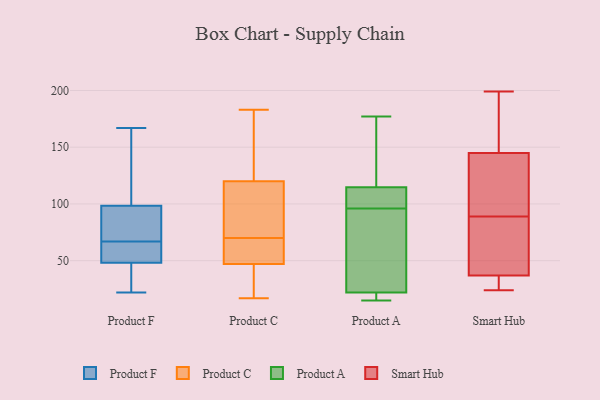
{"axis": {"x": "Active Users", "y": "Value"}, "legend": ["Product A", "Product C", "Product F", "Smart Hub"], "data": [{"x": "", "y": 103, "type": "Product F"}, {"x": "", "y": 41, "type": "Product F"}, {"x": "", "y": 92, "type": "Product F"}, {"x": "", "y": 97, "type": "Product F"}, {"x": "", "y": 38, "type": "Product F"}, {"x": "", "y": 153, "type": "Product F"}, {"x": "", "y": 67, "type": "Product F"}, {"x": "", "y": 57, "type": "Product F"}, {"x": "", "y": 56, "type": "Product F"}, {"x": "", "y": 22, "type": "Product F"}, {"x": "", "y": 81, "type": "Product F"}, {"x": "", "y": 167, "type": "Product F"}, {"x": "", "y": 99, "type": "Product F"}, {"x": "", "y": 48, "type": "Product F"}, {"x": "", "y": 49, "type": "Product F"}, {"x": "", "y": 59, "type": "Product C"}, {"x": "", "y": 51, "type": "Product C"}, {"x": "", "y": 68, "type": "Product C"}, {"x": "", "y": 151, "type": "Product C"}, {"x": "", "y": 120, "type": "Product C"}, {"x": "", "y": 34, "type": "Product C"}, {"x": "", "y": 72, "type": "Product C"}, {"x": "", "y": 175, "type": "Product C"}, {"x": "", "y": 47, "type": "Product C"}, {"x": "", "y": 89, "type": "Product C"}, {"x": "", "y": 183, "type": "Product C"}, {"x": "", "y": 20, "type": "Product C"}, {"x": "", "y": 17, "type": "Product C"}, {"x": "", "y": 80, "type": "Product C"}, {"x": "", "y": 35, "type": "Product C"}, {"x": "", "y": 64, "type": "Product C"}, {"x": "", "y": 136, "type": "Product C"}, {"x": "", "y": 74, "type": "Product C"}, {"x": "", "y": 114, "type": "Product A"}, {"x": "", "y": 80, "type": "Product A"}, {"x": "", "y": 21, "type": "Product A"}, {"x": "", "y": 15, "type": "Product A"}, {"x": "", "y": 96, "type": "Product A"}, {"x": "", "y": 177, "type": "Product A"}, {"x": "", "y": 25, "type": "Product A"}, {"x": "", "y": 19, "type": "Product A"}, {"x": "", "y": 116, "type": "Product A"}, {"x": "", "y": 115, "type": "Product A"}, {"x": "", "y": 107, "type": "Product A"}, {"x": "", "y": 37, "type": "Smart Hub"}, {"x": "", "y": 199, "type": "Smart Hub"}, {"x": "", "y": 24, "type": "Smart Hub"}, {"x": "", "y": 182, "type": "Smart Hub"}, {"x": "", "y": 99, "type": "Smart Hub"}, {"x": "", "y": 145, "type": "Smart Hub"}, {"x": "", "y": 33, "type": "Smart Hub"}, {"x": "", "y": 98, "type": "Smart Hub"}, {"x": "", "y": 121, "type": "Smart Hub"}, {"x": "", "y": 73, "type": "Smart Hub"}, {"x": "", "y": 70, "type": "Smart Hub"}, {"x": "", "y": 26, "type": "Smart Hub"}, {"x": "", "y": 80, "type": "Smart Hub"}, {"x": "", "y": 42, "type": "Smart Hub"}, {"x": "", "y": 188, "type": "Smart Hub"}, {"x": "", "y": 33, "type": "Smart Hub"}, {"x": "", "y": 172, "type": "Smart Hub"}, {"x": "", "y": 117, "type": "Smart Hub"}]}